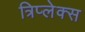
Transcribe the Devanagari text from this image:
त्रिप्लेक्स